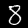
Label: 8